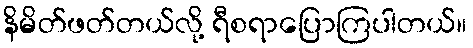
နိမိတ်ဖတ်တယ်လို့ ရီစရာပြောကြပါတယ်။